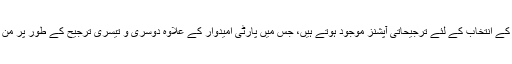
اس مروجہ عمل میں رکن اسمبلی کے پاس امیدوار کے انتخاب کے لئے ترجیحاتی آپشنز موجود ہوتے ہیں، جس میں پارٹی امیدوار کے علاوہ دوسری و تیسری ترجیح کے طور پر من پسند امیدوار کو بھی ووٹ دینے کا اختیار ہوتا ہے۔